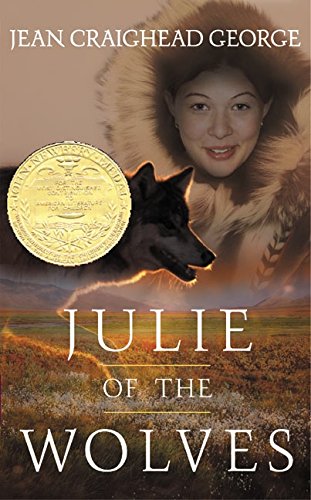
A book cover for Julie of the Wolves; Jean Craighead George; Children's Books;